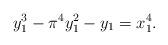
LaTeX: \begin{align*} y_1^3 - \pi^4 y_1^2 - y_1 = x_1^4. \end{align*}